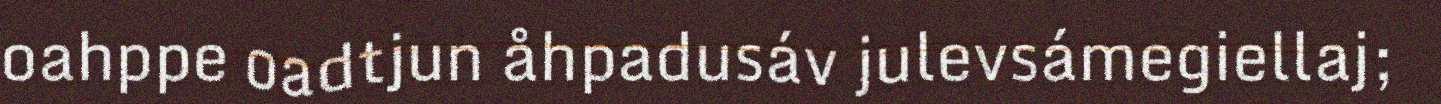
oahppe oadtjun åhpadusáv julevsámegiellaj;